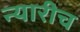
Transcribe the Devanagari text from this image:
न्यारीच